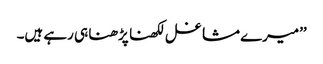
’’میرے مشاغل لکھنا پڑھنا ہی رہے ہیں۔